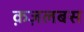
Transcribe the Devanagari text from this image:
क़ज़लबस